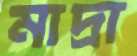
মাদ্রা